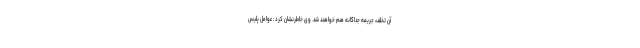
آن تخلف، جریمه جداگانه هم خواهند شد. وی خاطرنشان کرد : عوامل پلیس